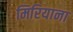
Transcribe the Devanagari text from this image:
मिरियाना